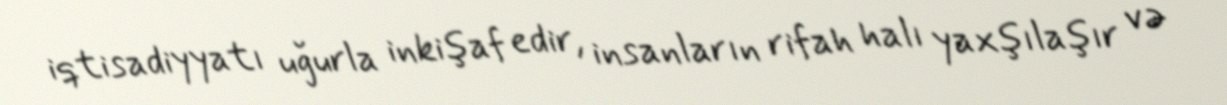
iqtisadiyyatı uğurla inkişaf edir, insanların rifah halı yaxşılaşır və